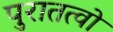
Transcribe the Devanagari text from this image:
पुरातत्वो